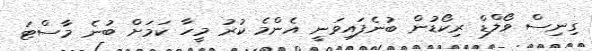
ގިނިސް ވޯލްޑް ރިކޯޑުން ބުނެފައިވަނީ އެންމެ ކުރު މީހާ ކަމަށް ބުނެ މާސްޓަ